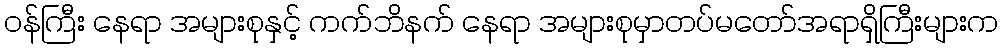
ဝန်ကြီး နေရာ အများစုနှင့် ကက်ဘိနက် နေရာ အများစုမှာတပ်မတော်အရာရှိကြီးများက